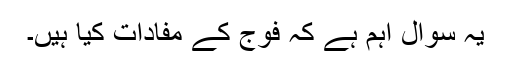
یہ سوال اہم ہے کہ فوج کے مفادات کیا ہیں۔